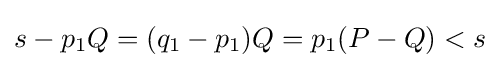
s-p_{1}Q=(q_{1}-p_{1})Q=p_{1}(P-Q)<s